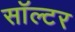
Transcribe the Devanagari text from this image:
सॉल्टर